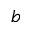
b